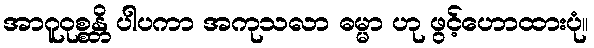
အာဂူဝုစ္စန္တိ ပါပကာ အကုသလာ ဓမ္မာ ဟု ဖွင့်ဟောထားပုံ။